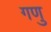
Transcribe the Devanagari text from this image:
गणु